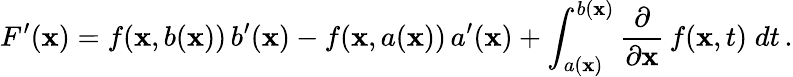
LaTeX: F^{\prime}(\mathbf{x})=f(\mathbf{x},b(\mathbf{x}))\, b^{\prime}(\mathbf{x})-f(\mathbf{x},a(\mathbf{x}))\, a^{\prime}(\mathbf{x})+\int_{a(\mathbf{x})}^{b(\mathbf{x})}{\frac{{\partial}}{{\partial\mathbf{x}}}}\, f(\mathbf{x},t)\; dt\, .